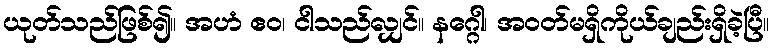
ယုတ်သည်ဖြစ်၍။ အဟံ ဧဝ၊ ငါသည်လျှင်။ နဂ္ဂေါ၊ အဝတ်မရှိကိုယ်ချည်းရှိခဲ့ပြီ။